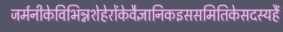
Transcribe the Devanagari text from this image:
जर्मनीकेविभिन्नशेहेरोंकेवैज्ञानिकइससमितिकेसदस्यहैं